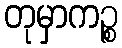
တုမှာကဉ္စ